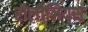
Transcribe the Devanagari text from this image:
रीलीजियस